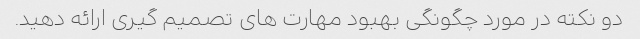
دو نکته در مورد چگونگی بهبود مهارت های تصمیم گیری ارائه دهید.